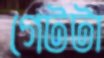
গেটটা